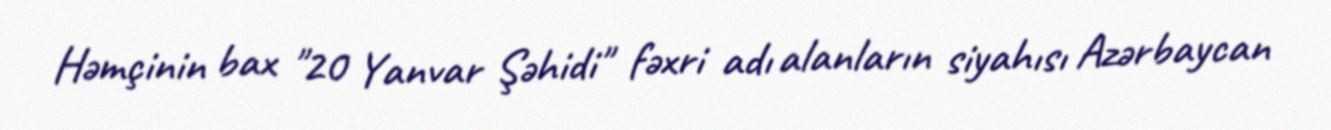
Həmçinin bax "20 Yanvar Şəhidi" fəxri adı alanların siyahısı Azərbaycan